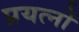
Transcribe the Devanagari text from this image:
प्रयत्‍नों